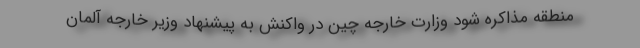
منطقه مذاکره شود وزارت خارجه چین در واکنش به پیشنهاد وزیر خارجه آلمان